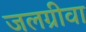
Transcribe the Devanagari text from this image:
जलग्रीवा